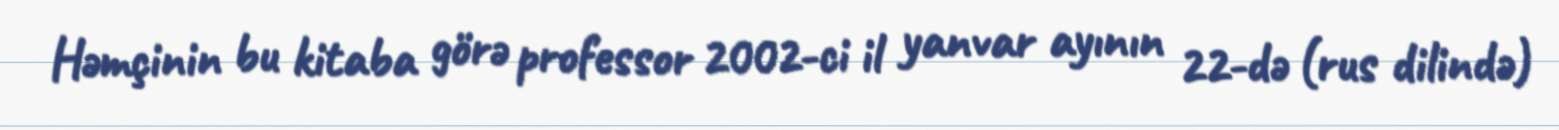
Həmçinin bu kitaba görə professor 2002-ci il yanvar ayının 22-də (rus dilində)